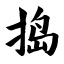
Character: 捣